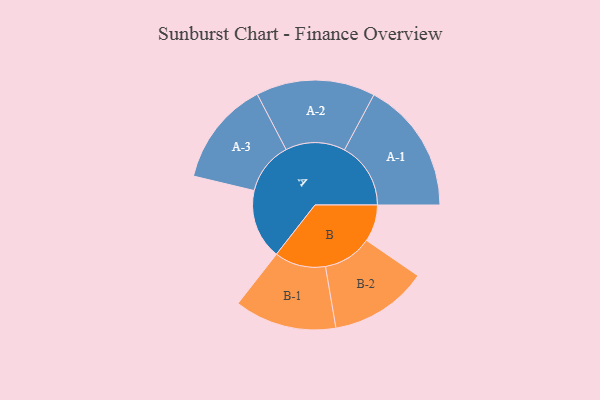
{"axis": {"x": "Segment", "y": "Value"}, "legend": ["", "A", "B"], "data": [{"x": "A", "y": 305, "type": ""}, {"x": "B", "y": 161, "type": ""}, {"x": "A-1", "y": 289, "type": "A"}, {"x": "A-2", "y": 260, "type": "A"}, {"x": "A-3", "y": 229, "type": "A"}, {"x": "B-1", "y": 223, "type": "B"}, {"x": "B-2", "y": 214, "type": "B"}]}